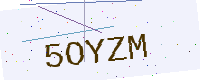
Text: 5OYZM